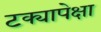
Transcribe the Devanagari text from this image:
टक्यापेक्षा